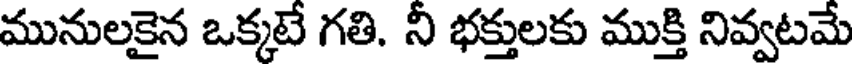
మునులకైన ఒక్కటే గతి. నీ భక్తులకు ముక్తి నివ్వటమే